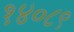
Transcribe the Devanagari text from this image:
१४०८९